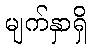
မျက်နှာရှိ